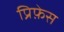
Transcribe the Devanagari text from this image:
प्रिफ़ेस